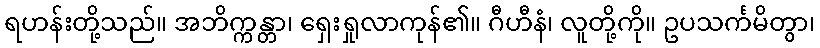
ရဟန်းတို့သည်။ အဘိက္ကန္တာ၊ ရှေးရှုလာကုန်၏။ ဂီဟီနံ၊ လူတို့ကို။ ဥပသင်္ကမိတွာ၊